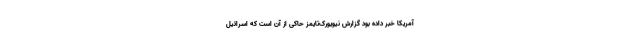
آمریکا خبر داده بود گزارش نیویورک‌تایمز حاکی از آن است که اسرائیل